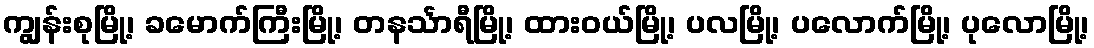
ကျွန်းစုမြို့၊ ခမောက်ကြီးမြို့၊ တနင်္သာရီမြို့၊ ထားဝယ်မြို့၊ ပလမြို့၊ ပလောက်မြို့၊ ပုလောမြို့၊